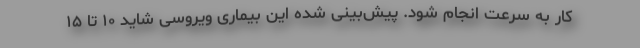
کار به سرعت انجام شود. پیش‌بینی شده این بیماری ویروسی شاید ۱۰ تا ۱۵